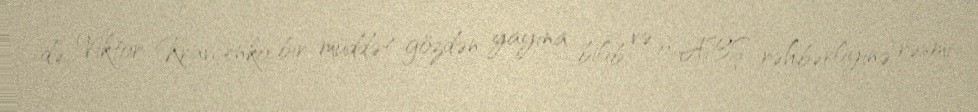
də, Viktor Kravçenko bir müddət gözdən yayına bilib və o, ABŞ rəhbərliyinə rəsmi